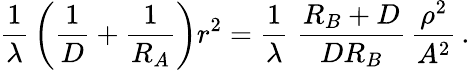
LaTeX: {\frac{1}{\lambda}}\left({\frac{1}{D}}+{\frac{1}{R_{A}}}\right)r^{2}={\frac{1}{\lambda}}\; {\frac{R_{B}+D}{DR_{B}}}\, {\frac{\rho^{2}}{A^{2}}}\, .